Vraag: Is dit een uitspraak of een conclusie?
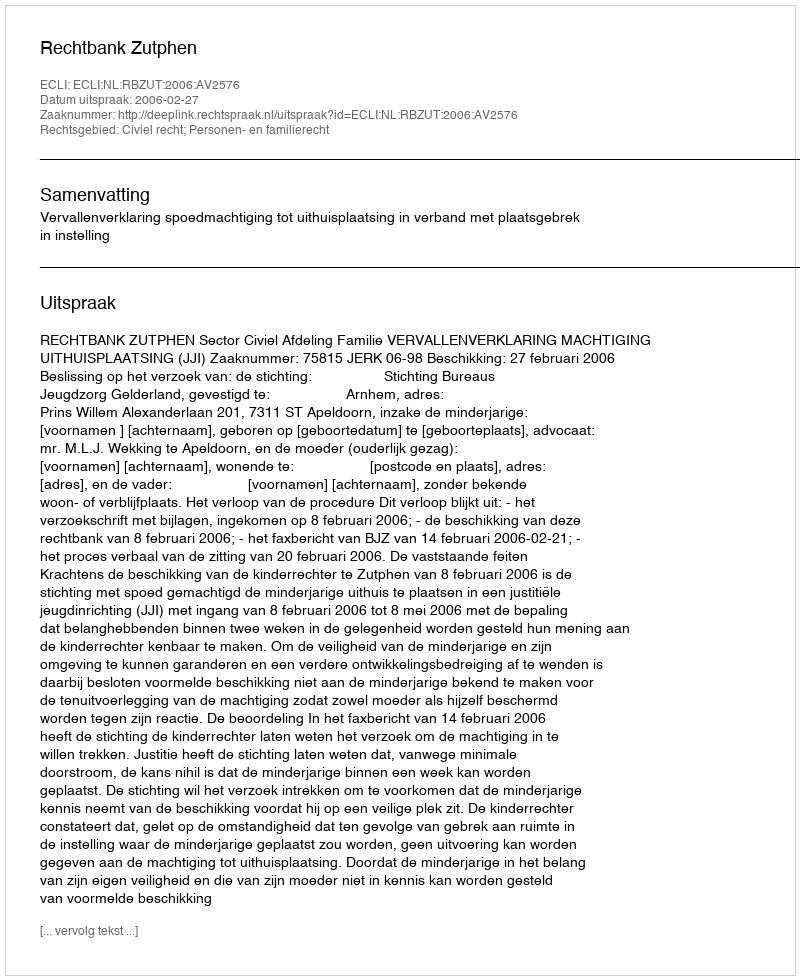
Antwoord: Uitspraak